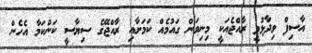
އާސިފް ވިދާޅުވީ ރާއްޖެއަކީ މިނިވަން ގައުމެއް ކަމަށާއި ރާއްޖޭގެ ސިޔާސީ ކަންކަމާ އެހެން